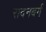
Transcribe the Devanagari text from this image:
रादनबर्ग